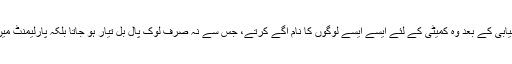
انا ہزارے کو چاہئے تھا کہ تحریک کی کامیابی کے بعد وہ کمیٹی کے لئے ایسے ایسے لوگوں کا نام آگے کرتے، جس سے نہ صرف لوک پال بل تیار ہو جاتا بلکہ پارلیمنٹ میں اسے پاس ہونے کی گارنٹی بھی مل جاتی۔